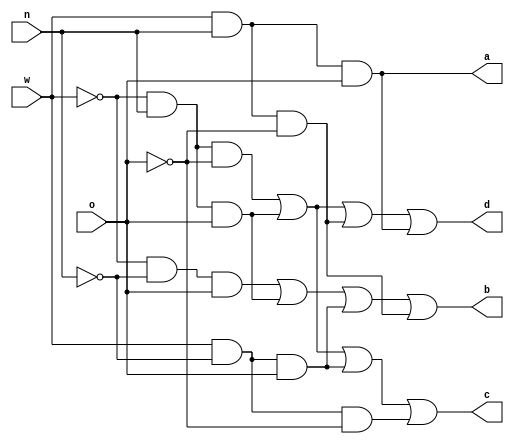
`timescale 1ns / 1ps
//////////////////////////////////////////////////////////////////////////////////
// Company: 
// Engineer: 
// 
// Design Name: 
// Module Name: voting_rule
// Project Name: 
// Target Devices: 
// Tool Versions: 
// Description: 
// 
// Dependencies: 
// 
// Revision:
// Revision 0.01 - File Created
// Additional Comments:
// 
//////////////////////////////////////////////////////////////////////////////////


module voting_rule
(input w, n, o, output a, b, c, d);
assign a = w&n&o;
assign b = ~w&~n&o | ~w&n&o | w&~n&o | w&n&~o;
assign c = ~w&n&~o | ~w&n&o | w&~n&o | w&~n&~o;
assign d = ~w&n&~o | ~w&n&o | w&n&~o | w&n&o;
endmodule